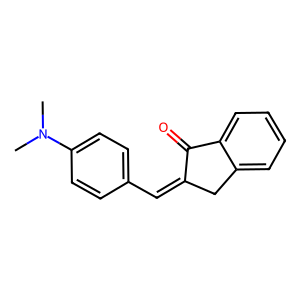
SMILES: CN(C)c1ccc(C=C2Cc3ccccc3C2=O)cc1
Inhibits HIV replication: No